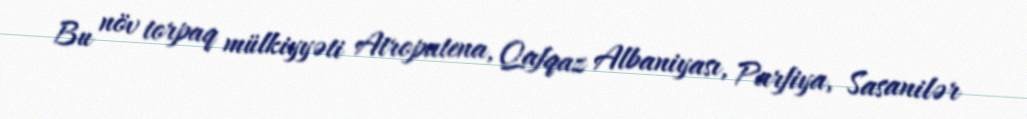
Bu növ torpaq mülkiyyəti Atropatena, Qafqaz Albaniyası, Parfiya, Sasanilər